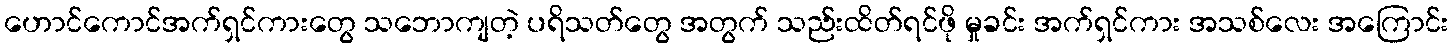
ဟောင်ကောင်အက်ရှင်ကားတွေ သဘောကျတဲ့ ပရိသတ်တွေ အတွက် သည်းထိတ်ရင်ဖို မှုခင်း အက်ရှင်ကား အသစ်လေး အကြောင်း